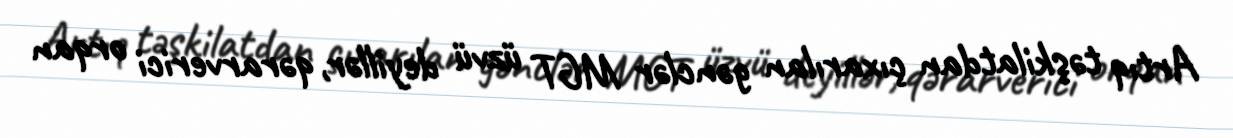
Artıq təşkilatdan çıxarılan gənclər MGT üzvü deyillər, qərarverici orqan